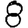
Digit: 8